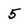
Character: 5